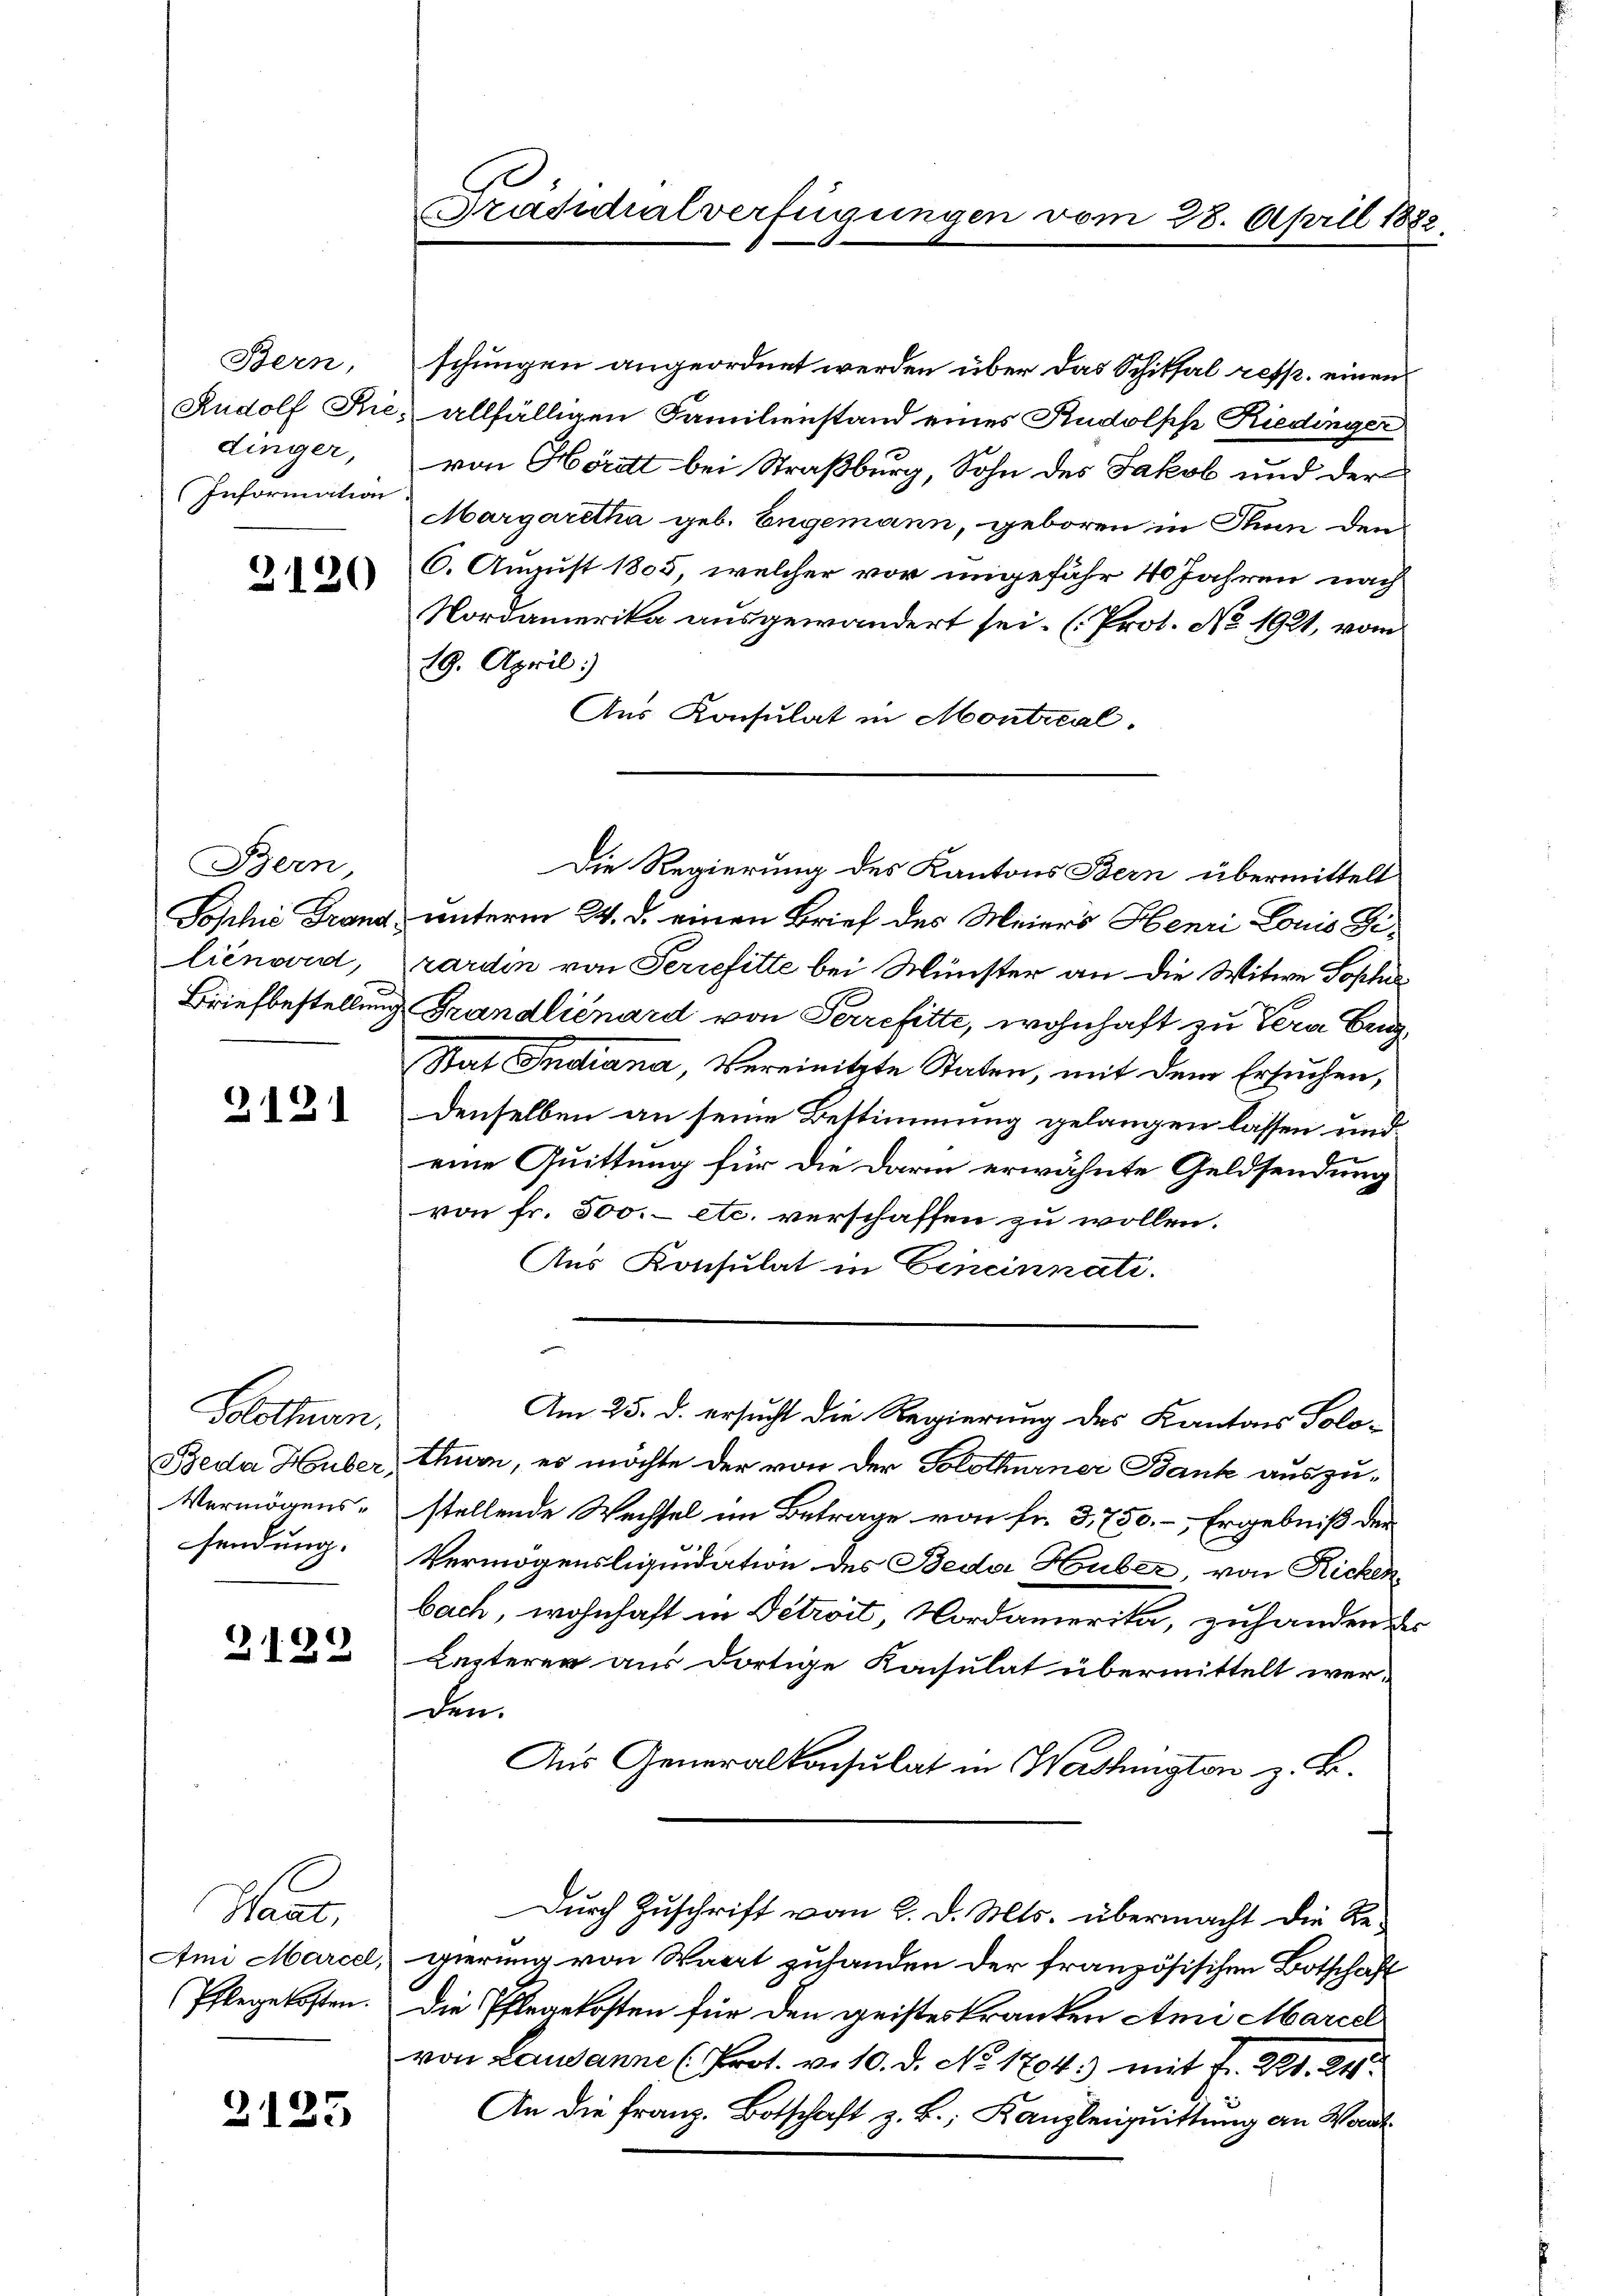
Bern,
Rudolf Siedinger,
Information

3120

Bern
Joschie Brand.
lienard,
Briefbestellung

2131

Solothurn,
sendung.

2122

Hande
Ami Marcel,
Pflege kosten.

2125

Präsidialverfügungen vom 28. April 1882

schungen angeordnet werden über das Schiksal resp. einen
allfälligen Familienstand eines Rudolph Riedinger
von Hördt bei Straßburg, Sohn des Jakob und der
Margaretha geb. Engemann, geboren in Stum den
6. August 1805, welcher vor ungefähr 40 Jahren nach
Nordamerika ausgewandert sei. (Prot. No 1921, vom
19. April:
Aus Konsulat in Montieal.
unterm 24. d. einen Brief des Meiers Henri Louis Gezarden von Serielitte bei Münster an die Witwe Sophis
Frandlienard von Perrefitte, wohnhaft zu Vera Eng¬
Stat Indiana, Vereinitzte Staten, mit dem Ersuchen,
denselben an seine Bestimmung gelangen lassen und
eine Quittung für die darin erwähnte Geldsendung
von fr. 500.- etc. verschaffen zu wollen.
Aus Konsulat in Cincinnati.
Am 25. d. ersucht die Regierung des Kantons Polo¬
Beda Huber, Thurn, es möchte der von der Solothurner Bank auszu¬
Vermögens- stellende Wechsel im Betrage von fr. 3,750.- Ergebniß der
Vermögensliquidation des Beder Huber, von Richen
bach, wohnhaft in Petroit, Nordamerika, zuhanden des
Lezteren aus dortige Konsulat übermittelt werden.
Aus Generalkonsulat in Washington z. B.
Durch Zuschrift vom 2. d. Mts. übermacht die Regierung von Waart zufanden der französischen Botschaft
Die Pflegekosten für den geisteskranken Ami Marcel
von Lausanne (Prot. v. 10. d. No 1794.) mit Fr. 21. 24
An die Franz. Botschaft z. B., Kanzleigquittung an Waadt

Die Regierung des Kantons Bern übermittelt